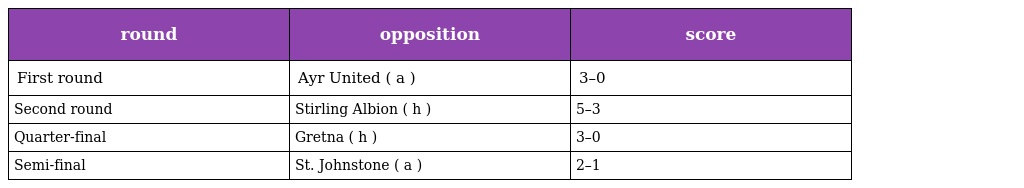
| round | opposition | score |
 | --- | --- | --- |
 | First round | Ayr United ( a ) | 3–0 |
 | Second round | Stirling Albion ( h ) | 5–3 |
 | Quarter-final | Gretna ( h ) | 3–0 |
 | Semi-final | St. Johnstone ( a ) | 2–1 |